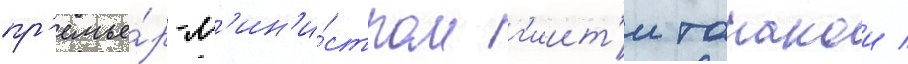
пр'емье́р-м'ин'и́стром г'иит'и танакои /